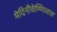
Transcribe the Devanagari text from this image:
मेदिनीवेण्णिलाव